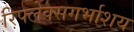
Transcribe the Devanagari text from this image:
रिफ्लेक्सगर्भाशय